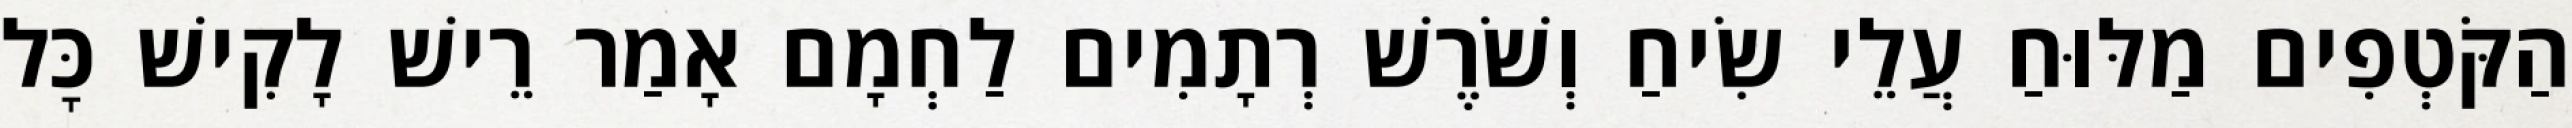
הַקֹּטְפִים מַלּוּחַ עֲלֵי שִׂיחַ וְשֹׁרֶשׁ רְתָמִים לַחְמָם אָמַר רֵישׁ לָקִישׁ כׇּל